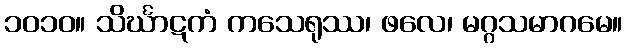
၁၀၁၀။ သိင်္ဃာဋကံ ကသေရုဿ၊ ဖလေ၊ မဂ္ဂသမာဂမေ။